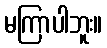
မကြာပါဘူး။